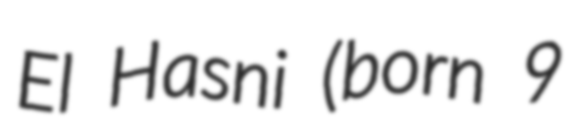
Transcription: El Hasni (born 9